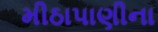
મીઠાપાણીના